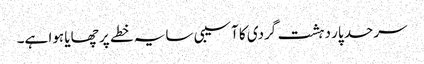
سرحد پار دہشت گردی کا آسیبی سایہ خطے پر چھایا ہوا ہے۔